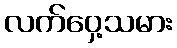
လက်ဝှေ့သမား